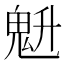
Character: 𱆗